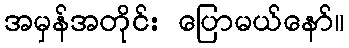
အမှန်အတိုင်း ပြောမယ်နော်။